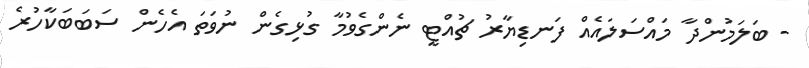
- ބަލަމުންދާ މައްސަލައެއް ފަނޑިޔާރު ޗުއްޓީ ނެންގެވުމާ ގުޅިގެން ނުވަތަ އެހެން ސަބަބަކާހުރެ